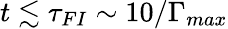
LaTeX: t\lesssim\tau_{FI}\sim 10/\Gamma_{max}